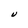
Character: V